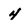
Character: 4